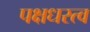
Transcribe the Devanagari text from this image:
पक्षधरत्व